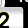
Digit: 2